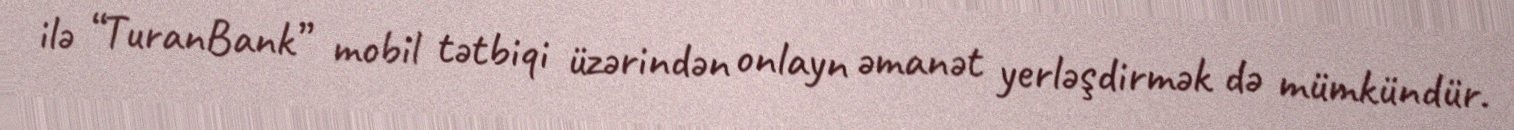
ilə “TuranBank” mobil tətbiqi üzərindən onlayn əmanət yerləşdirmək də mümkündür.